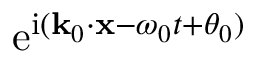
\mathrm { e } ^ { \mathrm { i } ( \mathbf { k } _ { 0 } \cdot \mathbf { x } - \omega _ { 0 } t + \theta _ { 0 } ) }